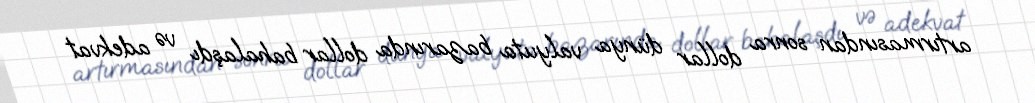
artırmasından sonra dollar dünya valyuta bazarında dollar bahalaşdı və adekvat